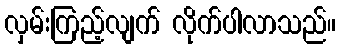
လှမ်းကြည့်လျက် လိုက်ပါလာသည်။